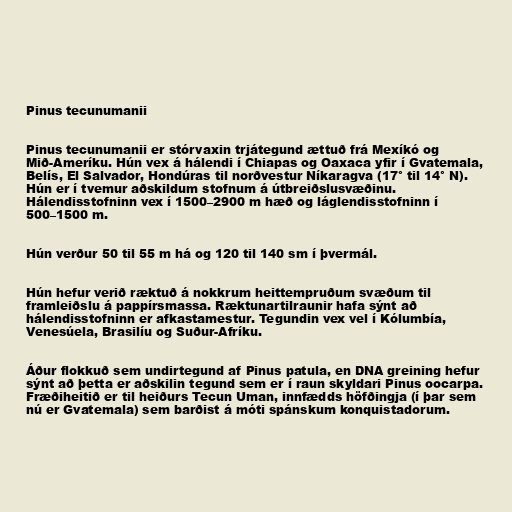
Pinus tecunumanii

Pinus tecunumanii er stórvaxin trjátegund ættuð frá Mexíkó og
Mið-Ameríku. Hún vex á hálendi í Chiapas og Oaxaca yfir í Gvatemala,
Belís, El Salvador, Hondúras til norðvestur Níkaragva (17° til 14° N).
Hún er í tvemur aðskildum stofnum á útbreiðslusvæðinu.
Hálendisstofninn vex í 1500–2900 m hæð og láglendisstofninn í
500–1500 m.

Hún verður 50 til 55 m há og 120 til 140 sm í þvermál.

Hún hefur verið ræktuð á nokkrum heittempruðum svæðum til
framleiðslu á pappírsmassa. Ræktunartilraunir hafa sýnt að
hálendisstofninn er afkastamestur. Tegundin vex vel í Kólumbía,
Venesúela, Brasilíu og Suður-Afríku.

Áður flokkuð sem undirtegund af Pinus patula, en DNA greining hefur
sýnt að þetta er aðskilin tegund sem er í raun skyldari Pinus oocarpa.
Fræðiheitið er til heiðurs Tecun Uman, innfædds höfðingja (í þar sem
nú er Gvatemala) sem barðist á móti spánskum konquistadorum.